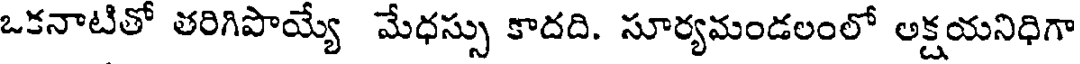
ఒకనాటితో తరిగిపాయ్యే మేధస్సు కాదది. సూర్యమండలంలో అక్షయనిధిగా